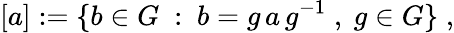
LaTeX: [a]:=\{ b\in G~:~b=g\, a\, g^{-1}\; ,~g\in G\} \; ,